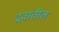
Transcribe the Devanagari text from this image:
द्रवांतील